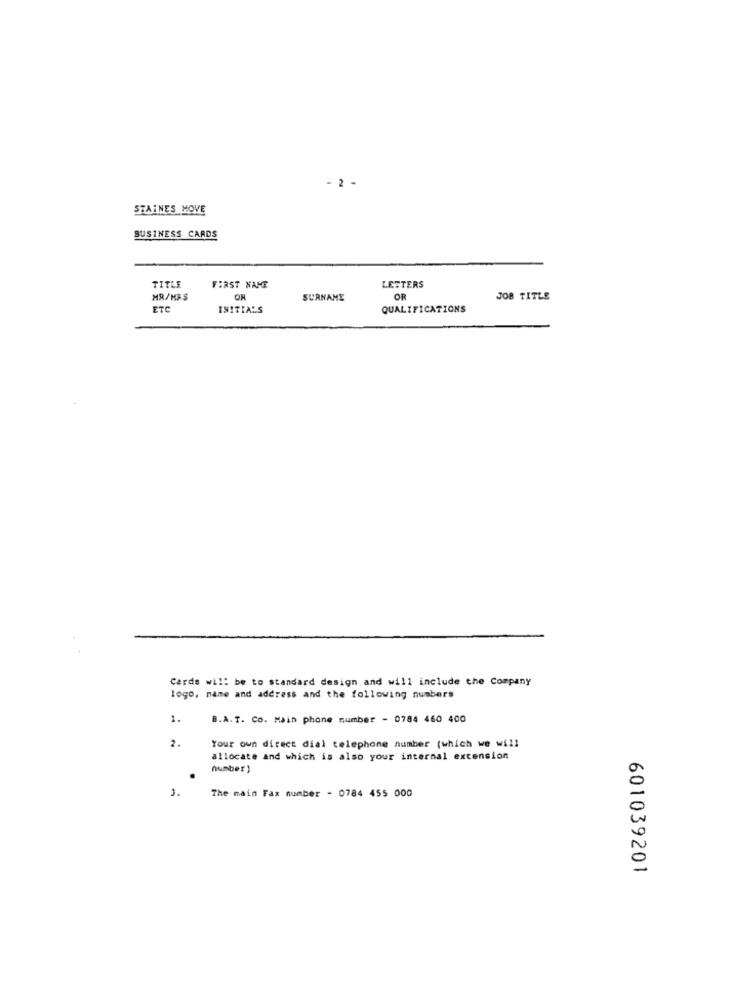
- 2 -
STAINES MOVE
BUSINESS CARDS
LETTERS
TITLE
FIRST NAME
MR/KAS
OR
SURNAME
OR
JOB TITLE
ETC
INITIALS
QUALIFICATIONS
Cards will be to standard design and will include the Company
logo, name and address and the following numbers
1.
B.A.T. Co. Main phone number - 0784 460 400
2.
Your own direct dial telephone number (which we will
allocate and which is also your internal extension
number )
3.
The main Fax number - 0784 455 000
601039201